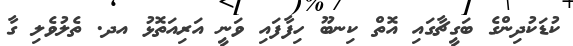
ކުޑަކުދިންގެ ބަގީޗާގައި އޮތް ކިނބޫ ހިފާފައި ވަނީ އަރިއަތޮޅު އދ. ތެލުވެލި ގާ